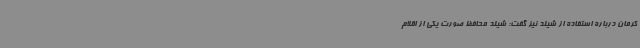
کرمان درباره استفاده از شیلد نیز گفت: شیلد محافظ صورت یکی از اقلام